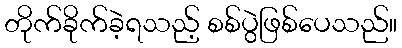
တိုက်ခိုက်ခဲ့ရသည့် စစ်ပွဲဖြစ်ပေသည်။